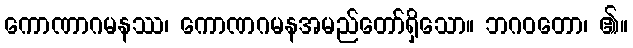
ကောဏာဂမနဿ၊ ကောဏဂမနအမည်တော်ရှိသော။ ဘဂဝတော၊ ၏။